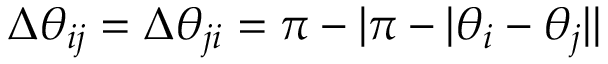
\Delta \theta _ { i j } = \Delta \theta _ { j i } = \pi - | \pi - | \theta _ { i } - \theta _ { j } | |